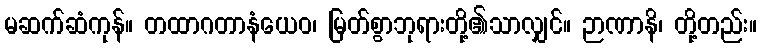
မဆက်ဆံကုန်။ တထာဂတာနံယေဝ၊ မြတ်စွာဘုရားတို့၏သာလျှင်။ ဉာဏာနိ၊ တို့တည်း။